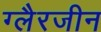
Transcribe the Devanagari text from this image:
ग्लैरजीन